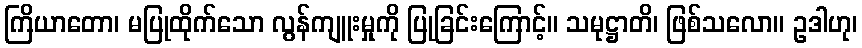
ကြိယာတော၊ မပြုထိုက်သော လွန်ကျူးမှုကို ပြုခြင်းကြောင့်။ သမုဋ္ဌာတိ၊ ဖြစ်သလော။ ဥဒါဟု၊